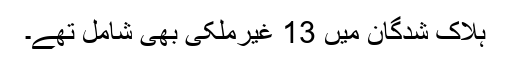
ہلاک شدگان میں 13 غیرملکی بھی شامل تھے۔